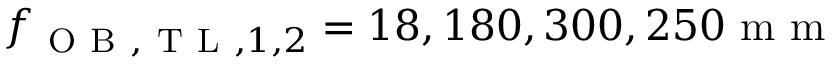
f _ { \mathrm { ~ O ~ B ~ } , \mathrm { ~ T ~ L ~ } , 1 , 2 } = 1 8 , 1 8 0 , 3 0 0 , 2 5 0 \mathrm { ~ m ~ m ~ }